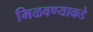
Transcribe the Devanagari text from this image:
मिळवण्याकडे